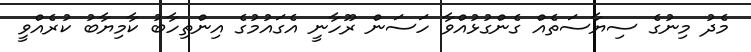
މެދު މިނުގެ ސިޔާސަތެއް ގެންގުޅުއްވާ ހަސަން ރޫހާނީ އެގައުމުގެ އިންތިހާބު ކާމިޔާބު ކުރެއްވީ